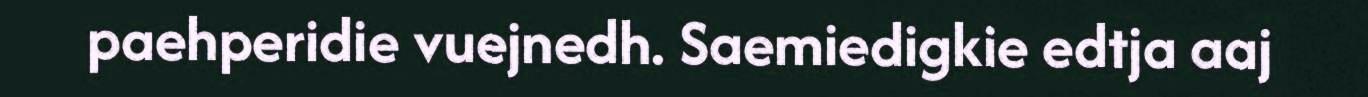
paehperidie vuejnedh. Saemiedigkie edtja aaj